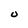
Character: U